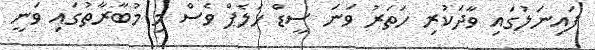
ފައިނަލުގައި ވާދަކުރި ހަތަރު ވަނަ ސީޑް ހަލެޕް ވެސް މި މުބާރާތުގައި ވަނީ